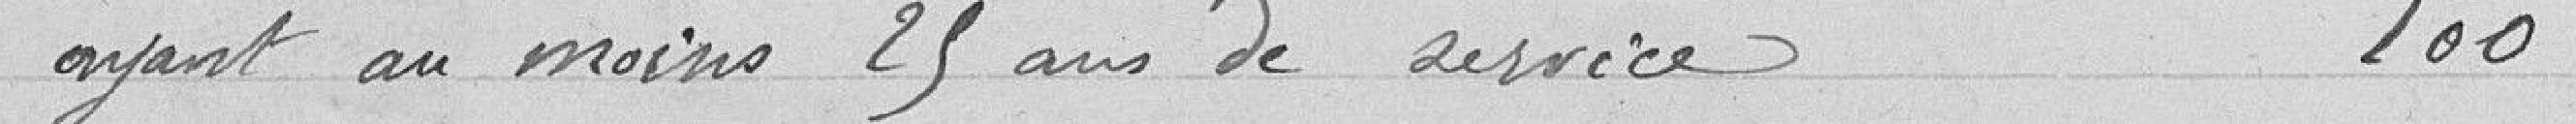
ayant au moins 25 ans de service 100